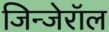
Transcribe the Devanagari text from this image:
जिन्जेरॉल